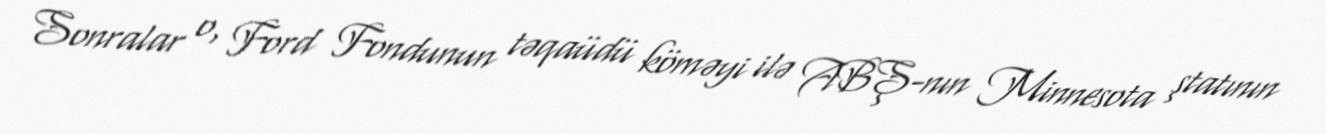
Sonralar o, Ford Fondunun təqaüdü köməyi ilə ABŞ-nın Minnesota ştatının